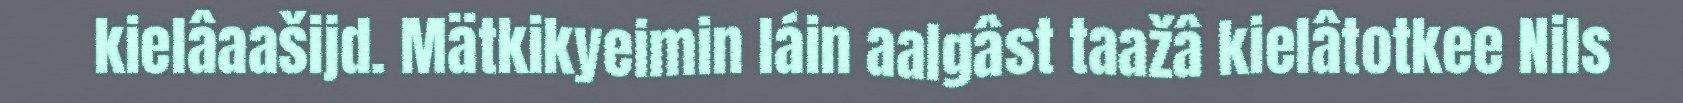
kielâaašijd. Mätkikyeimin láin aalgâst taažâ kielâtotkee Nils